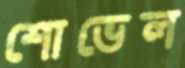
শোভেল